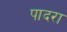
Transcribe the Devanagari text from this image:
पादरा